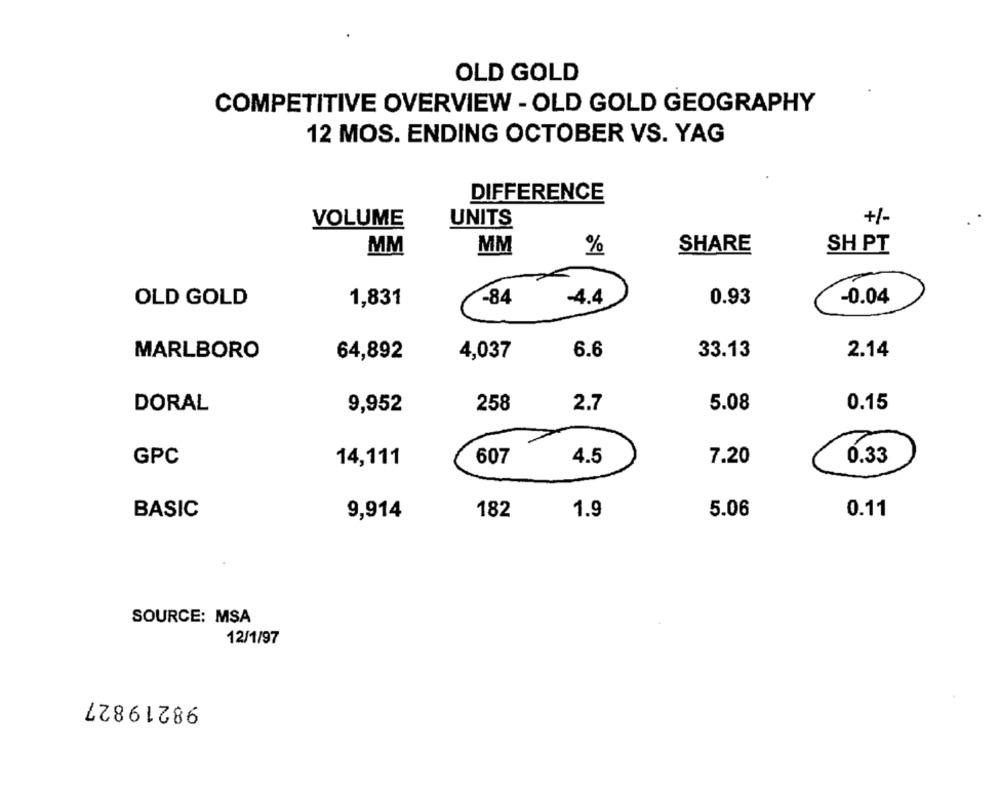
OLD GOLD
COMPETITIVE OVERVIEW - OLD GOLD GEOGRAPHY
12 MOS. ENDING OCTOBER VS. YAG
DIFFERENCE
+/-
VOLUME
UNITS
MM
MM
%
SHARE
SH PT
1,831
-84
-4.4
0.93
-0.04
OLD GOLD
MARLBORO
64,892
4,037
6.6
33.13
2.14
DORAL
9,952
258
2.7
5.08
0.15
GPC
607
7.20
0.33
14,111
4.5
BASIC
9,914
182
1.9
5.06
0.11
SOURCE: MSA
12/1/97
98219827